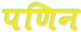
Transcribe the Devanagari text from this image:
पणिन